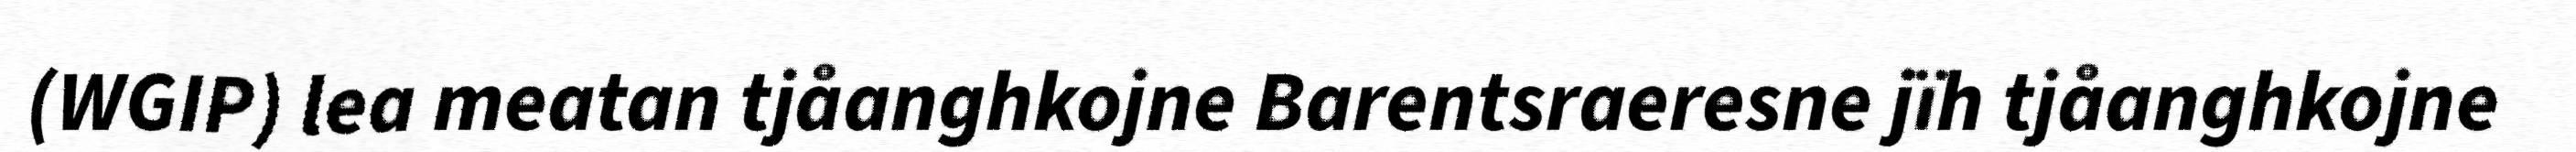
(WGIP) lea meatan tjåanghkojne Barentsraeresne jïh tjåanghkojne